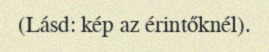
(Lásd: kép az érintőknél).